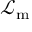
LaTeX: { \mathcal { L } } _ { \mathrm { m } }